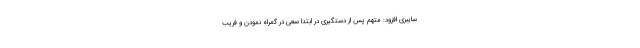
سایبری افزود: متهم پس از دستگیری در ابتدا سعی در گمراه نمودن و فریب